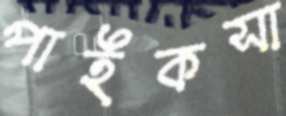
পাইকসা